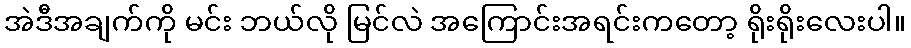
အဲဒီအချက်ကို မင်း ဘယ်လို မြင်လဲ အကြောင်းအရင်းကတော့ ရိုးရိုးလေးပါ။